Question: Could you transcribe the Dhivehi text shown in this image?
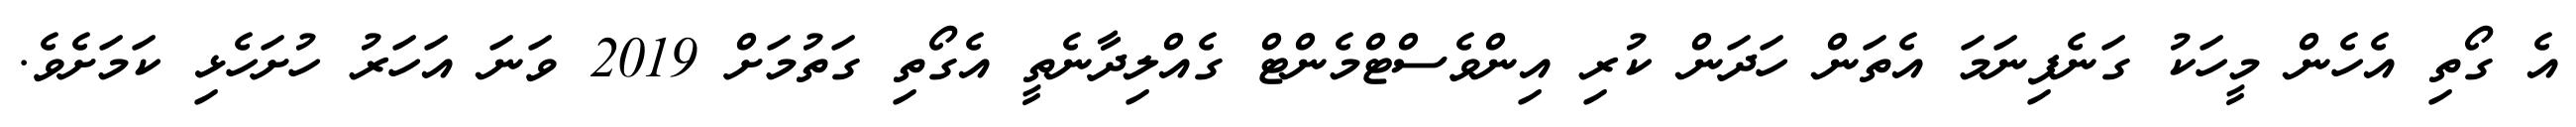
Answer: އެ ގޯތި އެހެން މީހަކު ގަނެފިނަމަ އެތަން ހަދަން ކުރި އިންވެސްޓްމެންޓް ގެއްލިދާނެތީ އެގޯތި ގަތުމަށް 2019 ވަނަ އަހަރު ހުށަހެޅި ކަމަށެވެ.